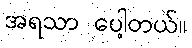
အရသာ ပေါ့တယ်။